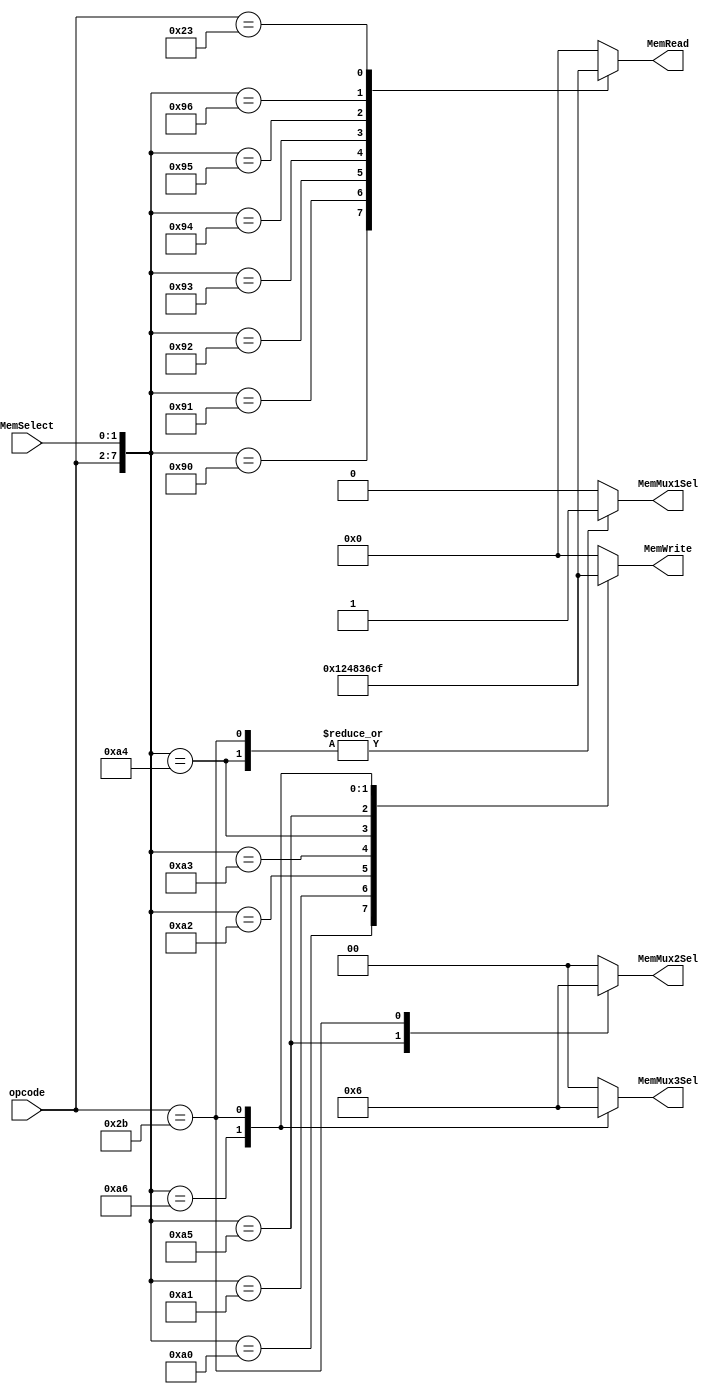
module memcontroller_r0 (
	input [5:0] opcode,
	input [1:0] MemSelect,
	output [3:0] MemWrite,
	output [3:0] MemRead,
	output MemMux1Sel,
	output [1:0] MemMux2Sel,
	output [1:0] MemMux3Sel
);

/**********
 * Internal Signals
**********/
reg [3:0] MemWrite_tmp;
reg [3:0] MemRead_tmp;
reg MemMux1Sel_tmp;
reg [1:0] MemMux2Sel_tmp;
reg [1:0] MemMux3Sel_tmp;

/**********
 * Glue Logic 
 **********/
 localparam lw		= 6'h23;
 localparam lbu		= 6'h24;
 localparam lhu		= 6'h25;
 localparam sb		= 6'h28;
 localparam sh		= 6'h29;
 localparam sw 		= 6'h2B;
 
/**********
 * Synchronous Logic
 **********/
/**********
 * Glue Logic 
 **********/
/**********
 * Components
 **********/
/**********
 * Output Combinatorial Logic
 **********/
 always @(opcode, MemSelect) begin
	MemWrite_tmp <= 4'b0000;
	MemRead_tmp <= 4'b0000;
	MemMux1Sel_tmp <= 1'b0;
	MemMux2Sel_tmp <= 2'b00;
	MemMux3Sel_tmp <= 2'b00;
 
	casez({opcode, MemSelect})
	 // Store Byte
	 {sb, 2'b00} : begin
		MemWrite_tmp <= 4'b0001;
	 end
	 {sb, 2'b01} : begin
		MemWrite_tmp <= 4'b0010;
		MemMux1Sel_tmp <= 1'b0;
	 end
	 {sb, 2'b10} : begin
		MemWrite_tmp <= 4'b0100;
		MemMux2Sel_tmp <= 2'b00;
	 end
	 {sb, 2'b11} : begin
		MemWrite_tmp <= 4'b1000;
		MemMux3Sel_tmp <= 2'b00;
	 end
	 
	 // Store Half Word
	 {sh, 2'b00} : begin
		MemWrite_tmp <= 4'b0011;
		MemMux1Sel_tmp <= 1'b1;
	 end
	 {sh, 2'b01} : begin
		MemWrite_tmp <= 4'b0110;
		MemMux1Sel_tmp <= 1'b0;
		MemMux2Sel_tmp <= 2'b01;
	 end
	 {sh, 2'b10} : begin
		MemWrite_tmp <= 4'b1100;
		MemMux2Sel_tmp <= 2'b00;
		MemMux3Sel_tmp <= 2'b01;
	 end

	 // Store Word
	 {sw, 2'b??} : begin
		MemWrite_tmp <= 4'b1111;
		MemMux1Sel_tmp <= 1'b1;
		MemMux2Sel_tmp <= 2'b10;
		MemMux3Sel_tmp <= 2'b10;
	 end
	 
	 // Load Byte
	 {lbu, 2'b00} : begin
		MemRead_tmp <= 4'b0001;
	 end
	 {lbu, 2'b01} : begin
		MemRead_tmp <= 4'b0010;
	 end
	 {lbu, 2'b10} : begin
		MemRead_tmp <= 4'b0100;
	 end
	 {lbu, 2'b11} : begin
		MemRead_tmp <= 4'b1000;
	 end
	 
	 // Load Half Word
	 {lhu, 2'b00} : begin
		MemRead_tmp <= 4'b0011;
	 end
	 {lhu, 2'b01} : begin
		MemRead_tmp <= 4'b0110;
	 end
	 {lhu, 2'b10} : begin
		MemRead_tmp <= 4'b1100;
	 end

	 // Load Word
	 {lw, 2'b??} : begin
		MemRead_tmp <= 4'b1111;
	 end
	endcase
 end
 
 assign MemWrite = MemWrite_tmp;
 assign MemRead = MemRead_tmp;
 assign MemMux1Sel = MemMux1Sel_tmp;
 assign MemMux2Sel = MemMux2Sel_tmp;
 assign MemMux3Sel = MemMux3Sel_tmp;
endmodule